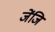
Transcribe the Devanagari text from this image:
जेंजि